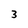
Character: 3